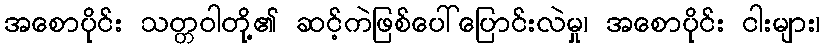
အစောပိုင်း သတ္တဝါတို့၏ ဆင့်ကဲဖြစ်ပေါ်ပြောင်းလဲမှု၊ အစောပိုင်း ငါးများ၊